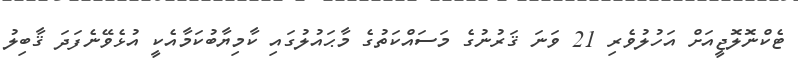
ޓެކްނޮލޮޖީއަށް އަހުލުވެރި 21 ވަނަ ޤަރުނުގެ މަސައްކަތުގެ މާޙައުލުގައި ކާމިޔާބުކަމާއެކީ އުޅެވޭނެފަދަ ޤާބިލު